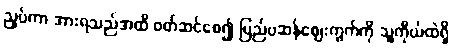
ညှပ်ကာ အားရသည်အထိ ဝတ်ဆင်စေ၍ ပြည်ပဆန်ဈေးကွက်ကို သူ့ကိုယ်ထဲရှိ